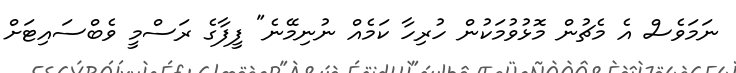
ނަމަވެސް އެ މެޗުން މޮޅުވުމަކުން ހުރިހާ ކަމެއް ނުނިމޭނެ" ފީފާގެ ރަސްމީ ވެބްސައިޓަށް